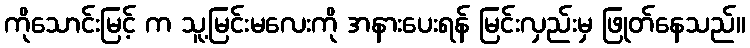
ကိုသောင်းမြင့် က သူ့မြင်းမလေးကို အနားပေးရန် မြင်းလှည်းမှ ဖြုတ်နေသည်။